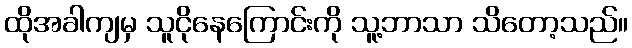
ထိုအခါကျမှ သူငိုနေကြောင်းကို သူ့ဘာသာ သိတော့သည်။